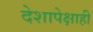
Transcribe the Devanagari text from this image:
देशापेक्षाही